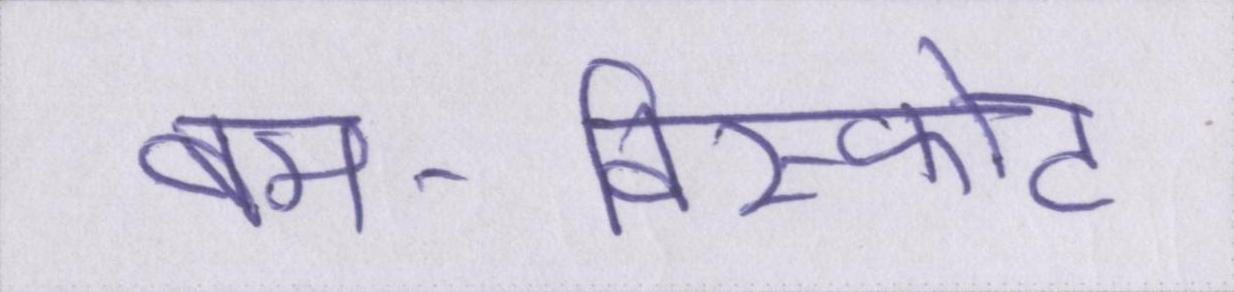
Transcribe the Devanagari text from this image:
बम-विस्फोट